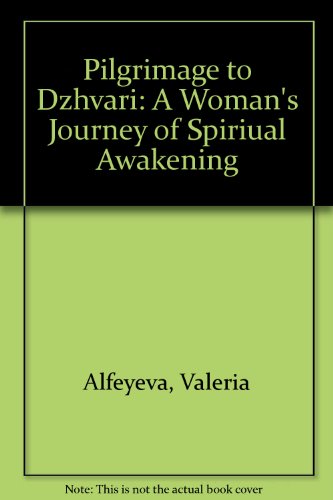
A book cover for Pilgrimage To Dzhvari: A Woman's Journey of Spiritual Awakening; Valeria Alfeyeva; Travel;